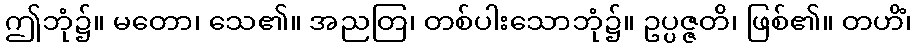
ဤဘုံ၌။ မတော၊ သေ၏။ အညတြ၊ တစ်ပါးသောဘုံ၌။ ဥပ္ပဇ္ဇတိ၊ ဖြစ်၏။ တဟိံ၊